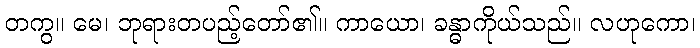
တကွ။ မေ၊ ဘုရားတပည့်တော်၏။ ကာယော၊ ခန္ဓာကိုယ်သည်။ လဟုကော၊